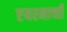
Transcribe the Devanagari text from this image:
एयरमाच्ची